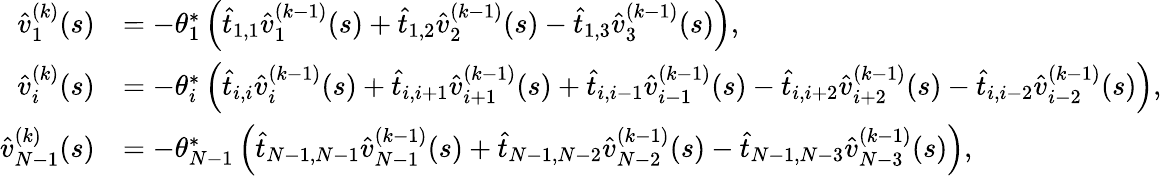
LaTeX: \begin{array}{rl}{\hat{v}_{1}^{(k)}(s)}&{=-\theta_{1}^{*}\left(\hat{t}_{1,1}\hat{v}_{1}^{(k-1)}(s)+\hat{t}_{1,2}\hat{v}_{2}^{(k-1)}(s)-\hat{t}_{1,3}\hat{v}_{3}^{(k-1)}(s)\right),}\\ {\hat{v}_{i}^{(k)}(s)}&{=-\theta_{i}^{*}\left(\hat{t}_{i,i}\hat{v}_{i}^{(k-1)}(s)+\hat{t}_{i,i+1}\hat{v}_{i+1}^{(k-1)}(s)+\hat{t}_{i,i-1}\hat{v}_{i-1}^{(k-1)}(s)-\hat{t}_{i,i+2}\hat{v}_{i+2}^{(k-1)}(s)-\hat{t}_{i,i-2}\hat{v}_{i-2}^{(k-1)}(s)\right),}\\ {\hat{v}_{N-1}^{(k)}(s)}&{=-\theta_{N-1}^{*}\left(\hat{t}_{N-1,N-1}\hat{v}_{N-1}^{(k-1)}(s)+\hat{t}_{N-1,N-2}\hat{v}_{N-2}^{(k-1)}(s)-\hat{t}_{N-1,N-3}\hat{v}_{N-3}^{(k-1)}(s)\right),}\end{array}